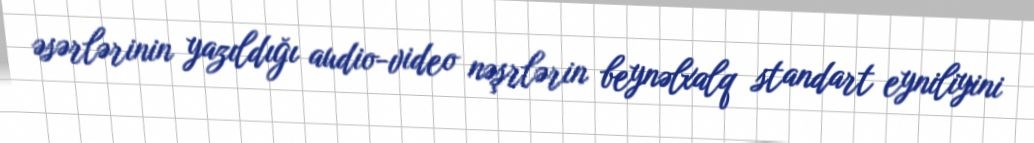
əsərlərinin yazıldığı audio-video nəşrlərin beynəlxalq standart eyniliyini